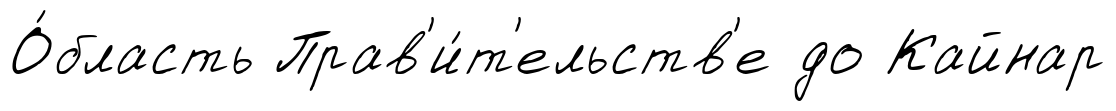
О́бласть Прав'и́т'ельств'е до Кайнар